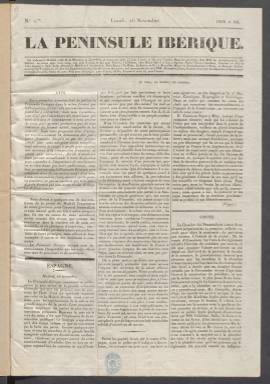
Título: La Péninsule Ibérique
Colección: Periódicos anteriores a 1850
Ámbito geográfico: Madrid
Lugar de publicación: Madrid
Fechas: 16/11/1835-12/12/1835